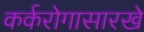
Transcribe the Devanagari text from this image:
कर्करोगासारखे